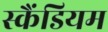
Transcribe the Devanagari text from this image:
स्कैंडियम